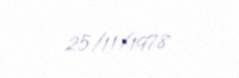
25/11/1978